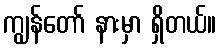
ကျွန်တော် နားမှာ ရှိတယ်။